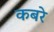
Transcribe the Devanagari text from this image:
कबरे